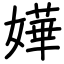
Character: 嬅